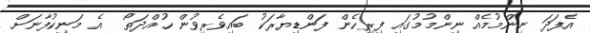
އެފަދަ ނިންމުމެއް ނިންމުމުގައި ފިރިހެން ފަންޑިޔާރަކު ބައިވެރިވުން ހުއްދަތޯ  އެ މަނިކުފާނަށް